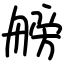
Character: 艕